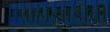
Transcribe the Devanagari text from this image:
पानझाडीची